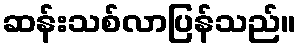
ဆန်းသစ်လာပြန်သည်။